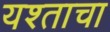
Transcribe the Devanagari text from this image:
यश्ताचा